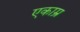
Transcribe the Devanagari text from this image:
एकाम्र